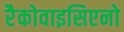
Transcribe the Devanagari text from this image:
रैकोवाइसिएनो